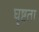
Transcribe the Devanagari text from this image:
घृष्टता